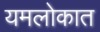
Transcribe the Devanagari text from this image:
यमलोकात